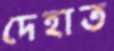
দেহাত